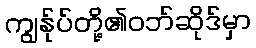
ကျွန်ုပ်တို့၏ဝဘ်ဆိုဒ်မှာ